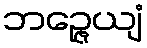
ဘဉ္ဇေယျံ